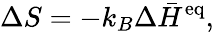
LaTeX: \Delta S=-k_{B}\Delta\bar{H}^{\mathrm{eq}},